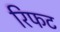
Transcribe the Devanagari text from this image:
रिफट